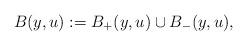
LaTeX: \begin{align*}B(y,u) := B_+(y,u) \cup B_-(y,u),\end{align*}